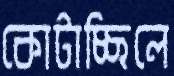
কোটাচ্ছিলে